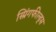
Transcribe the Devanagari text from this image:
स्प्रिंगफील्ड्स